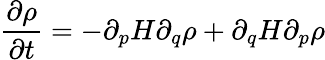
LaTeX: \frac{\partial\rho}{\partial t}=-\partial_{p}H\partial_{q}\rho+\partial_{q}H\partial_{p}\rho